Civil Veterinary Department. United Provinces 1923-31 - 1923-1931
Year: 1923
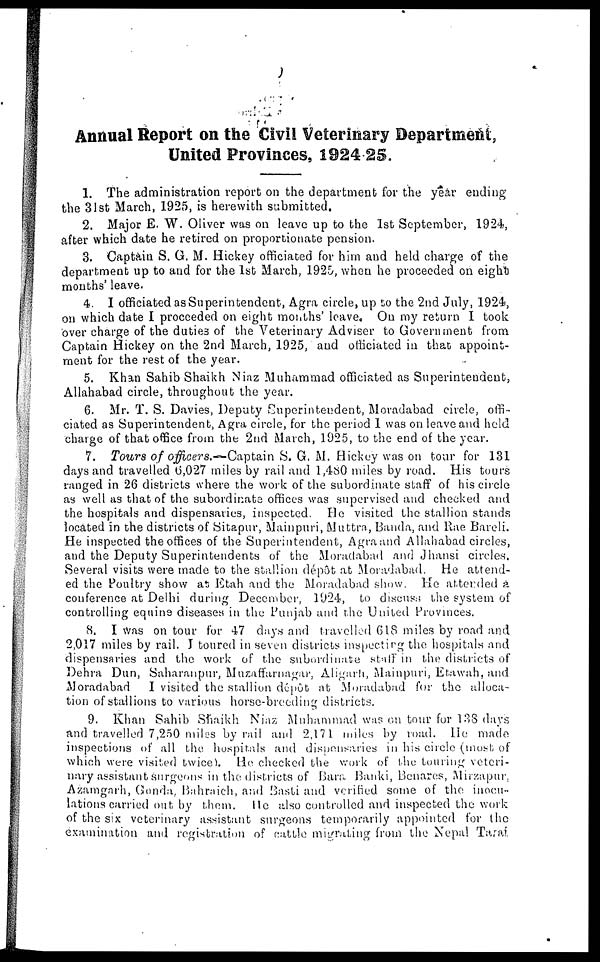
Annual Report on the Civil Veterinary Department,
United Provinces, 1924-25.
1. The administration report on the department for the year ending
the 31st March, 1925, is herewith submitted.
2. Major E. W. Oliver was on leave up to the 1st September, 1924,
after which date he retired on proportionate pension.
3. Captain S. G. M. Hickey officiated for him and held charge of the
department up to and for the 1st March, 1925, when he proceeded on eight
months' leave.
4. I officiated as Superintendent, Agra circle, up to the 2nd July, 1924,
on which date I proceeded on eight months' leave. On my return I took
over charge of the duties of the Veterinary Adviser to Government from
Captain Hickey on the 2nd March, 1925, and officiated in that appoint-
ment for the rest of the year.
5. Khan Sahib Shaikh Niaz Muhammad officiated as Superintendent,
Allahabad circle, throughout the year.
6. Mr. T. S. Davies, Deputy Superintendent, Moradabad circle, offi-
ciated as Superintendent, Agra circle, for the period 1 was on leave and held
charge of that office from the 2nd March, 1925, to the end of the year.
7. Tours of officers.—Captain S. G. M. Hickey was on tour for 131
days and travelled 6,027 miles by rail and 1,480 miles by road. His tours
ranged in 26 districts where the work of the subordinate staff of his circle
as well as that of the subordinate offices was supervised and checked and
the hospitals and dispensaries, inspected. He visited the stallion stands
located in the districts of Sitapur, Mainpuri, Muttra, Banda, and Rae Bareli.
He inspected the offices of the Superintendent, Agra and Allahabad circles,
and the Deputy Superintendents of the Moradabad and Jhansi circles.
Several visits were made to the stallion dépôt at Moradabad. He attend-
ed the Poultry show as Etah and the Moradabad show. He attended a
conference at Delhi during December, 1024, to discuss the system of
controlling equine diseases in the Punjab and the United Provinces.
8. I was on tour for 47 days and travelled 618 miles by road and
2,017 miles by rail. J toured in seven districts inspecting the hospitals and
dispensaries and the work of the subordinate staff in the districts of
Dehra Dun, Saharanpur, Muzaffarnagar, Aligarh, Mainpuri, Etawah, and
Moradabad I visited the stallion dépôt at Moradabad for the alloca-
tion of stallions to various horse-breeding districts.
9. Khan Sahib Shaikh Niaz Muhammad was on tour for 138 days
and travelled 7,250 miles by rail and 2,171 miles by road. He made
inspections of all the hospitals and dispensaries in his circle (most of
which were visited twice). He checked the work of the touring veteri-
nary assistant surgeons in the districts of Bara Banki, Benares, Mirzapur.
Azamgarh, Gonda, Bahraich, and Basti and verified some of the inocu-
lations carried out by them. He also controlled and inspected the work
of the six veterinary assistant surgeons temporarily appointed for the
examination and registration of cattle migrating from the Nepal Taraf.